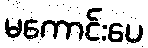
မကောင်းပေ